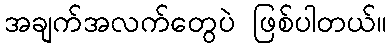
အချက်အလက်တွေပဲ ဖြစ်ပါတယ်။